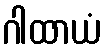
ဂါထာယံ